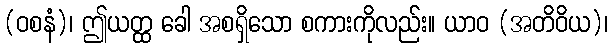
(ဝစနံ)၊ ဤယတ္ထ ခေါ အစရှိသော စကားကိုလည်း။ ယာဝ (အတိဝိယ)၊